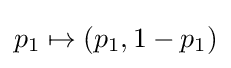
p_{1}\mapsto (p_{1},1-p_{1})